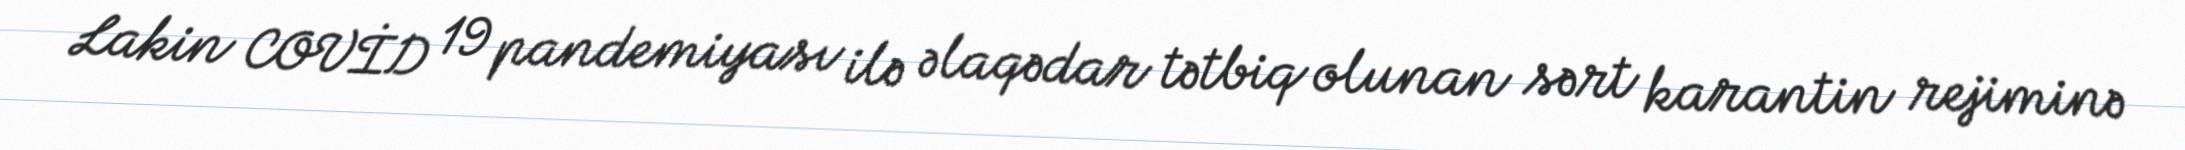
Lakin COVİD 19 pandemiyası ilə əlaqədar tətbiq olunan sərt karantin rejiminə